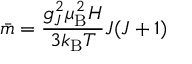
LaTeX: { \bar { m } } = { \frac { g _ { J } ^ { 2 } \mu _ { \mathrm { B } } ^ { 2 } H } { 3 k _ { \mathrm { B } } T } } J ( J + 1 )